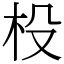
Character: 杸